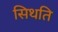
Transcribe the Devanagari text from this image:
सिथति